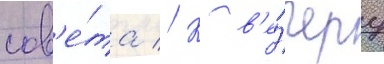
сов'е́та // К в'е́черу